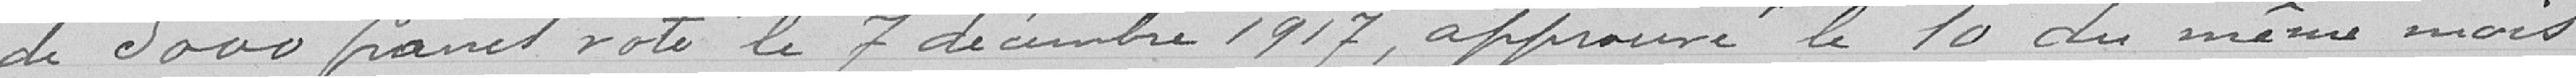
de 5000 francs voté le 7 décembre 1917, approuvé le 10 du même mois